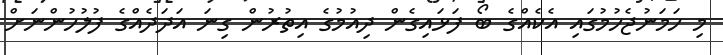
މި ހަމަނުޖެހުމުގައި އެކެއްގެ ބޯ ފަޅައިގެން ދިއުމުގެ އިތުރުން ގިނަ އަދަދެއްގެ ފުލުހުންނަށް